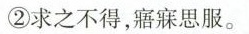
②求之不得，寤寐思服。